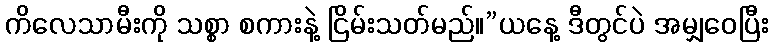
ကိလေသာမီးကို သစ္စာ စကားနဲ့ ငြိမ်းသတ်မည်။”ယနေ့ ဒီတွင်ပဲ အမျှဝေပြီး